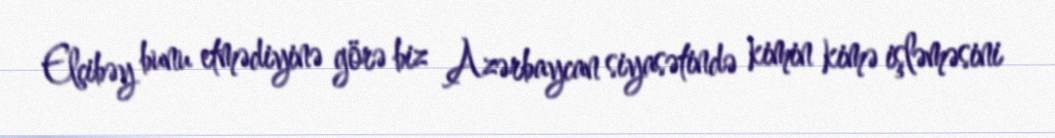
Elçibəy bunu etmədiyinə görə biz Azərbaycan siyasətində kimin kimə işləməsini